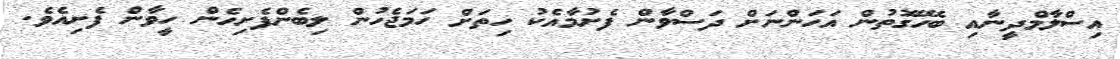
އިސްލާމްދީނާއި ބެހޭގޮތުން އަހަންނަށް ދަސްވާން ފެށުމާއެކު ހިތަށް ހަމަޖެހުން ލިބެންފެށިހެން ހީވާން ފެށިއެވެ.